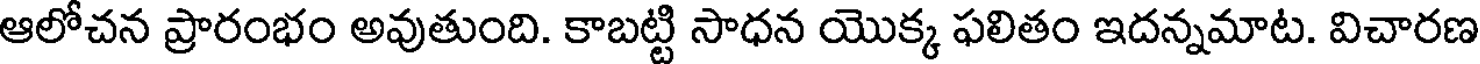
ఆలోచన ప్రారంభం అవుతుంది. కాబట్టి సాధన యొక్క ఫలితం ఇదన్నమాట. విచారణ